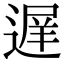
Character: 遅